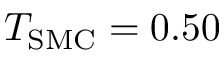
T _ { \mathrm { S M C } } = 0 . 5 0